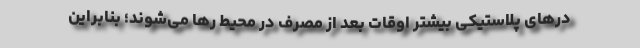
درهای پلاستیکی بیشتر اوقات بعد از مصرف در محیط رها می‌شوند؛ بنابراین